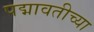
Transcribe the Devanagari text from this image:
पद्मावतीच्या